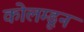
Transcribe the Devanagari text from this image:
कोलम्डून